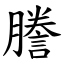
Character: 謄